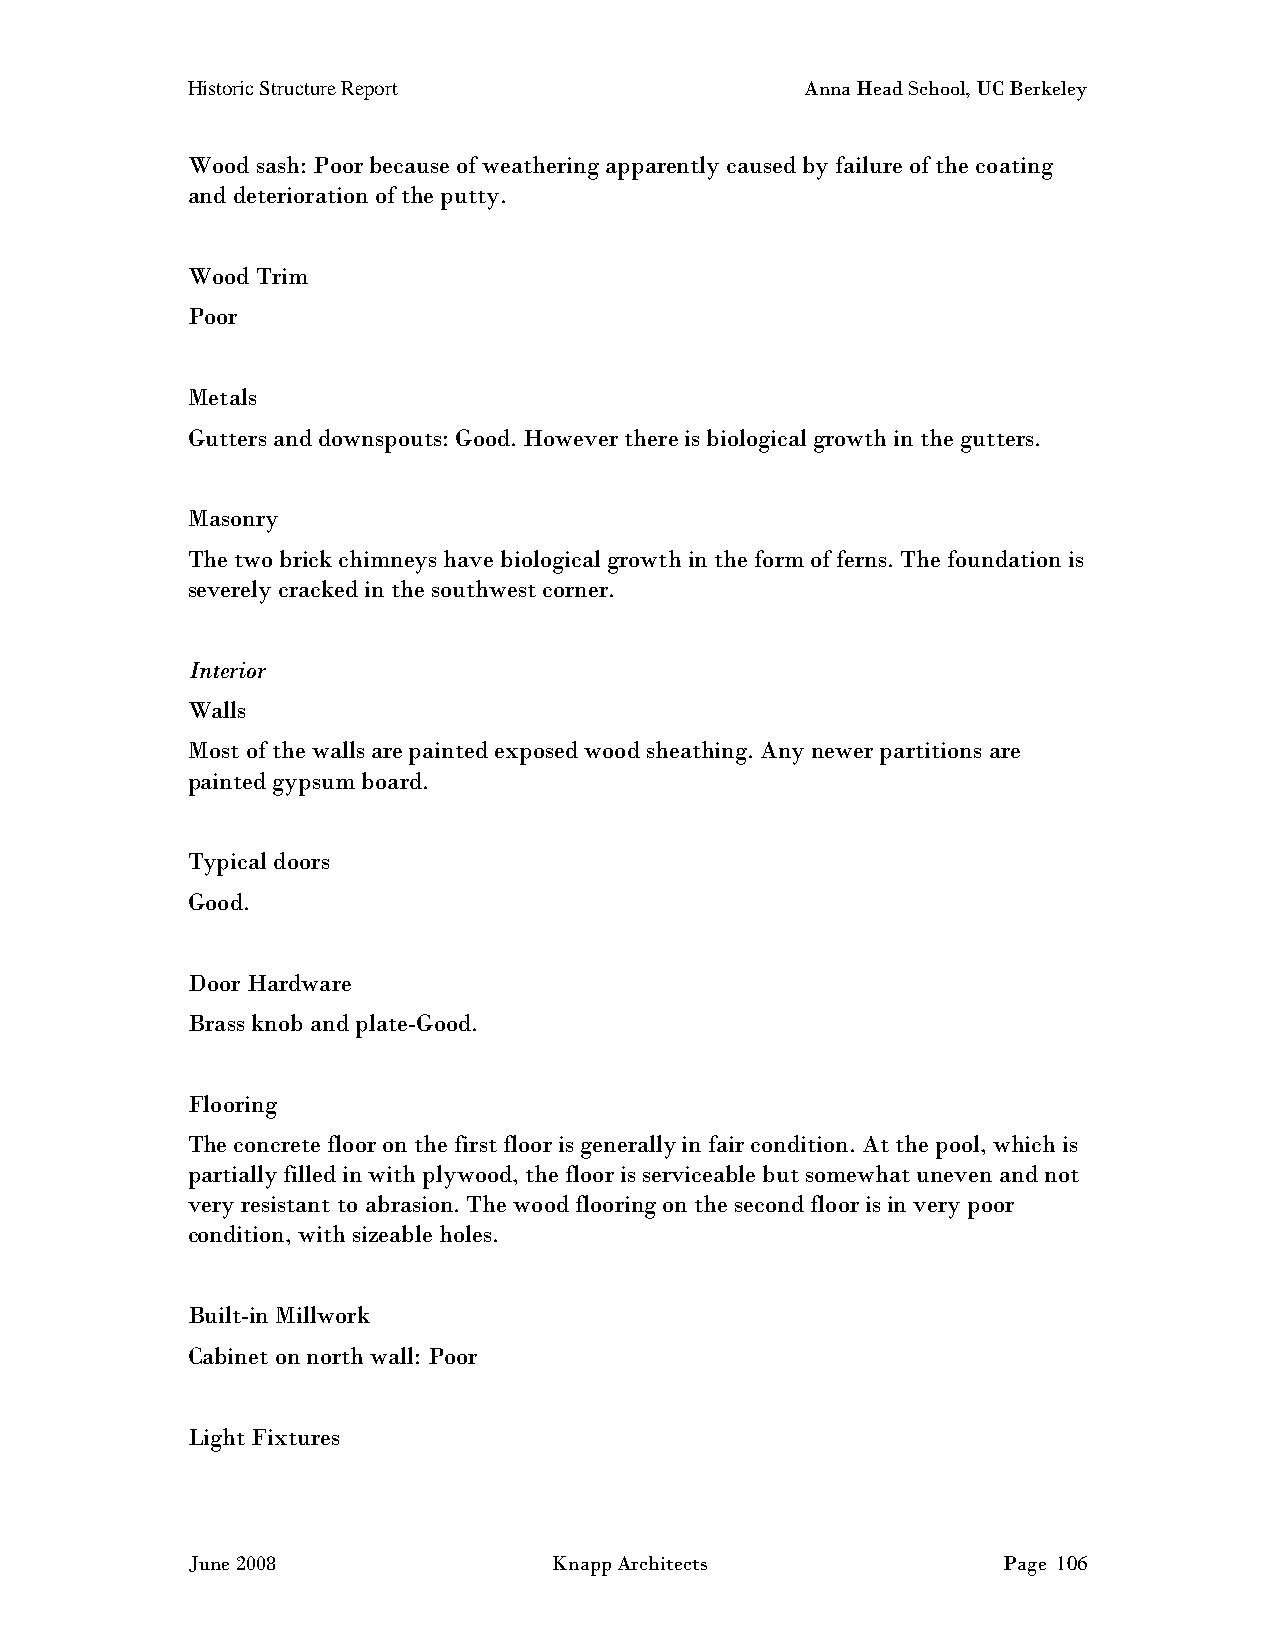
Historic Structure Report                Anna Head School, UC Berkeley
 Wood sash: Poor because of weathering apparently caused by failure of the coating
 and deterioration of the putty.
 Wood Trim
 Poor
 Metals
 Gutters and downspouts: Good. However there is biological growth in the gutters.
 Masonry
 The two brick chimneys have biological growth in the form of ferns. The foundation is
 severely cracked in the southwest corner.
 Interior
 Walls
 Most of the walls are painted exposed wood sheathing. Any newer partitions are
 painted gypsum board.
 Typical doors
 Good.
 Door Hardware
 Brass knob and plate-Good.
 Flooring
 The concrete floor on the first floor is generally in fair condition. At the pool, which is
 partially filled in with plywood, the floor is serviceable but somewhat uneven and not
 very resistant to abrasion. The wood flooring on the second floor is in very poor
 condition, with sizeable holes.
 Built-in Millwork
 Cabinet on north wall: Poor
 Light Fixtures
 June 2008                Knapp Architects             Page 106